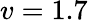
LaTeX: v=1.7